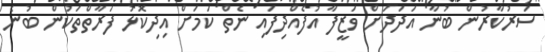
ސަރުކާރުން ބުނާ އަދަދަށް ވަޒީފާ އުފެއްދިފައި ނެތް ކަމަށް އިދިކޮޅު ފަރާތްތަކުން ބުނެ